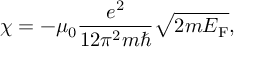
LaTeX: \chi = - \mu _ { 0 } { \frac { e ^ { 2 } } { 1 2 \pi ^ { 2 } m \hbar } } { \sqrt { 2 m E _ { \mathrm { { F } } } } } ,